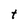
Character: t